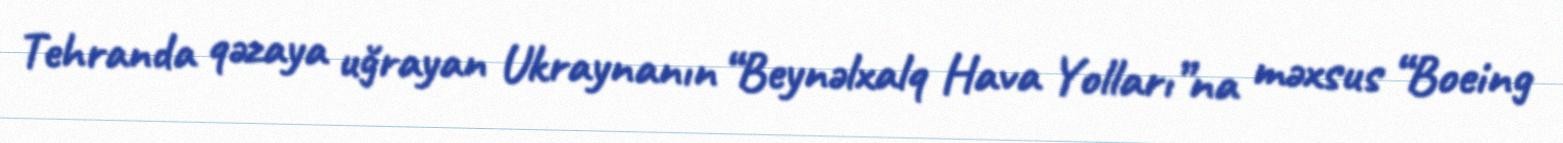
Tehranda qəzaya uğrayan Ukraynanın “Beynəlxalq Hava Yolları”na məxsus “Boeing